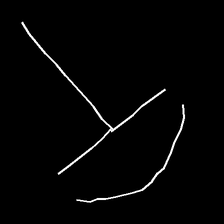
Glyph: dispersion